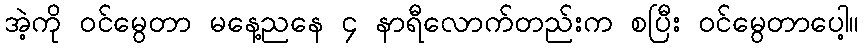
အဲ့ကို ဝင်မွေတာ မနေ့ညနေ ၄ နာရီလောက်တည်းက စပြီး ဝင်မွေတာပေါ့။